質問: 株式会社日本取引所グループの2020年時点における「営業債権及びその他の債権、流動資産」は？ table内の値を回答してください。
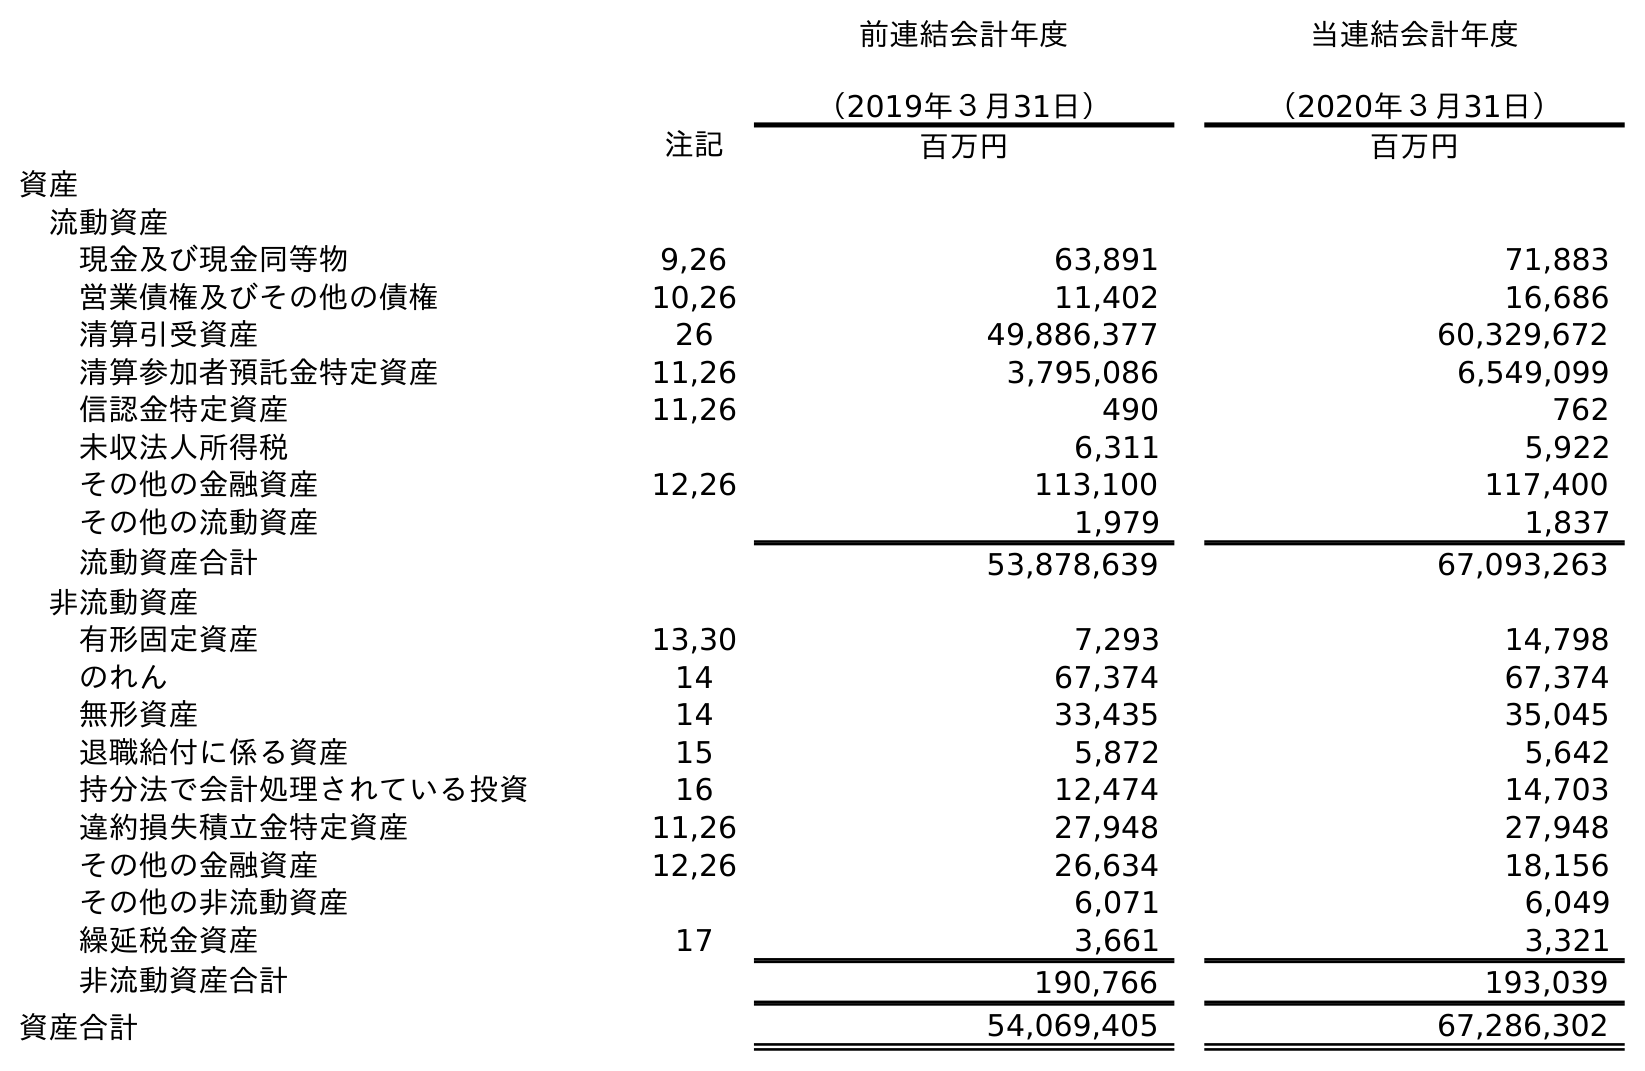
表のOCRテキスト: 前連結会計年度 （2019年３月31日） 当連結会計年度 （2020年３月31日） 注記 百万円 百万円 資産 流動資産 現金及び現金同等物 9,26 63,891 71,883 営業債権及びその他の債権 10,26 11,402 16,686 清算引受資産 26 49,886,377 60,329,672 清算参加者預託金特定資産 11,26 3,795,086 6,549,099 信認金特定資産 11,26 490 762 未収法人所得税 6,311 5,922 その他の金融資産 12,26 113,100 117,400 その他の流動資産 1,979 1,837 流動資産合計 53,878,639 67,093,263 非流動資産 有形固定資産 13,30 7,293 14,798 のれん 14 67,374 67,374 無形資産 14 33,435 35,045 退職給付に係る資産 15 5,872 5,642 持分法で会計処理されている投資 16 12,474 14,703 違約損失積立金特定資産 11,26 27,948 27,948 その他の金融資産 12,26 26,634 18,156 その他の非流動資産 6,071 6,049 繰延税金資産 17 3,661 3,321 非流動資産合計 190,766 193,039 資産合計 54,069,405 67,286,302
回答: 16,686